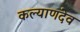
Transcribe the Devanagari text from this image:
कल्याणदेव